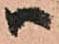
ハ